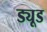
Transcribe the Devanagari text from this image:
ड्यूड